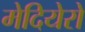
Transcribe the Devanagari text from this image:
मेदियेरो